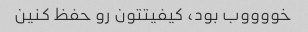
خووووب بود، کیفیتتون رو حفظ کنین